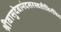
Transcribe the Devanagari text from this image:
श्रीवासुदेवानंदसरस्वतीविरचित